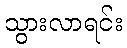
သွားလာရင်း